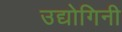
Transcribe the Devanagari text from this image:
उद्योगिनी